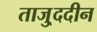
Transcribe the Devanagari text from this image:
ताजु्ददीन